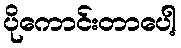
ပိုကောင်းတာပေါ့